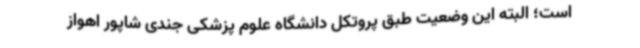
است؛ البته این وضعیت طبق پروتکل دانشگاه‌ علوم پزشکی جندی شاپور اهواز